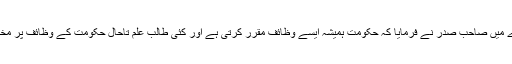
اعلیٰ تعلیم کے حصول کے بارے میں صاحب صدر نے فرمایا کہ حکومت ہمیشہ ایسے وظائف مقرر کرتی ہے اور کئی طالب علم تاحال حکومت کے وظائف پر مختلف شعبوں میں کام کررہے ہیں۔